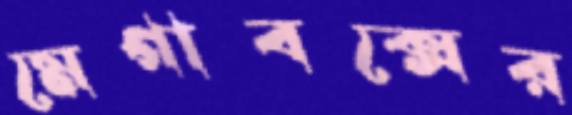
মেগাবক্সের